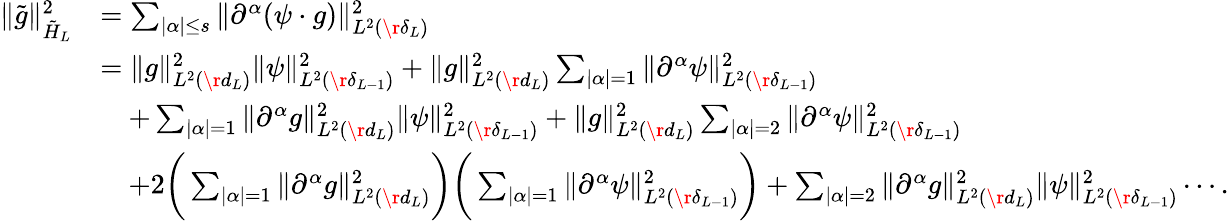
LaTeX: \begin{array}{rl}{\Vert\tilde{g}\Vert_{\tilde{H}_{L}}^{2}}&{=\sum_{\vert\alpha\vert\le s}\Vert\partial^{\alpha}(\psi\cdot g)\Vert_{L^{2}(\r{\delta_{L}})}^{2}}\\ &{=\Vert g\Vert_{L^{2}(\r{d_{L}})}^{2}\Vert\psi\Vert_{L^{2}(\r{\delta_{L-1}})}^{2}+\Vert g\Vert_{L^{2}(\r{d_{L}})}^{2}\sum_{\vert\alpha\vert=1}\Vert\partial^{\alpha}\psi\Vert_{L^{2}(\r{\delta_{L-1}})}^{2}}\\ &{\quad+\sum_{\vert\alpha\vert=1}\Vert\partial^{\alpha}g\Vert_{L^{2}(\r{d_{L}})}^{2}\Vert\psi\Vert_{L^{2}(\r{\delta_{L-1}})}^{2}+\Vert g\Vert_{L^{2}(\r{d_{L}})}^{2}\sum_{\vert\alpha\vert=2}\Vert\partial^{\alpha}\psi\Vert_{L^{2}(\r{\delta_{L-1}})}^{2}}\\ &{\quad+2\bigg(\sum_{\vert\alpha\vert=1}\Vert\partial^{\alpha}g\Vert_{L^{2}(\r{d_{L}})}^{2}\bigg)\bigg(\sum_{\vert\alpha\vert=1}\Vert\partial^{\alpha}\psi\Vert_{L^{2}(\r{\delta_{L-1}})}^{2}\bigg)+\sum_{\vert\alpha\vert=2}\Vert\partial^{\alpha}g\Vert_{L^{2}(\r{d_{L}})}^{2}\Vert\psi\Vert_{L^{2}(\r{\delta_{L-1}})}^{2}\cdots.}\end{array}